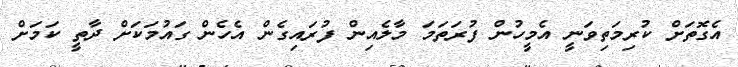
އެގޮތަށް ކުރިމަތިވަނީ އެމީހުން ފުރަތަމަ މާލެއިން ފުރައިގެން އެހެން ގައުމަކަށް ދާތީ ކަމަށް